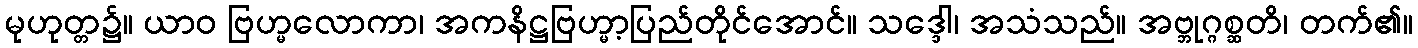
မုဟုတ္တ၌။ ယာဝ ဗြဟ္မလောကာ၊ အကနိဋ္ဌဗြဟ္မာ့ပြည်တိုင်အောင်။ သဒ္ဒေါ၊ အသံသည်။ အဗ္ဘုဂ္ဂစ္ဆတိ၊ တက်၏။